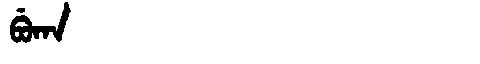
Manchu: ᠪᡠᡴᠠ
Romanization: BUKA